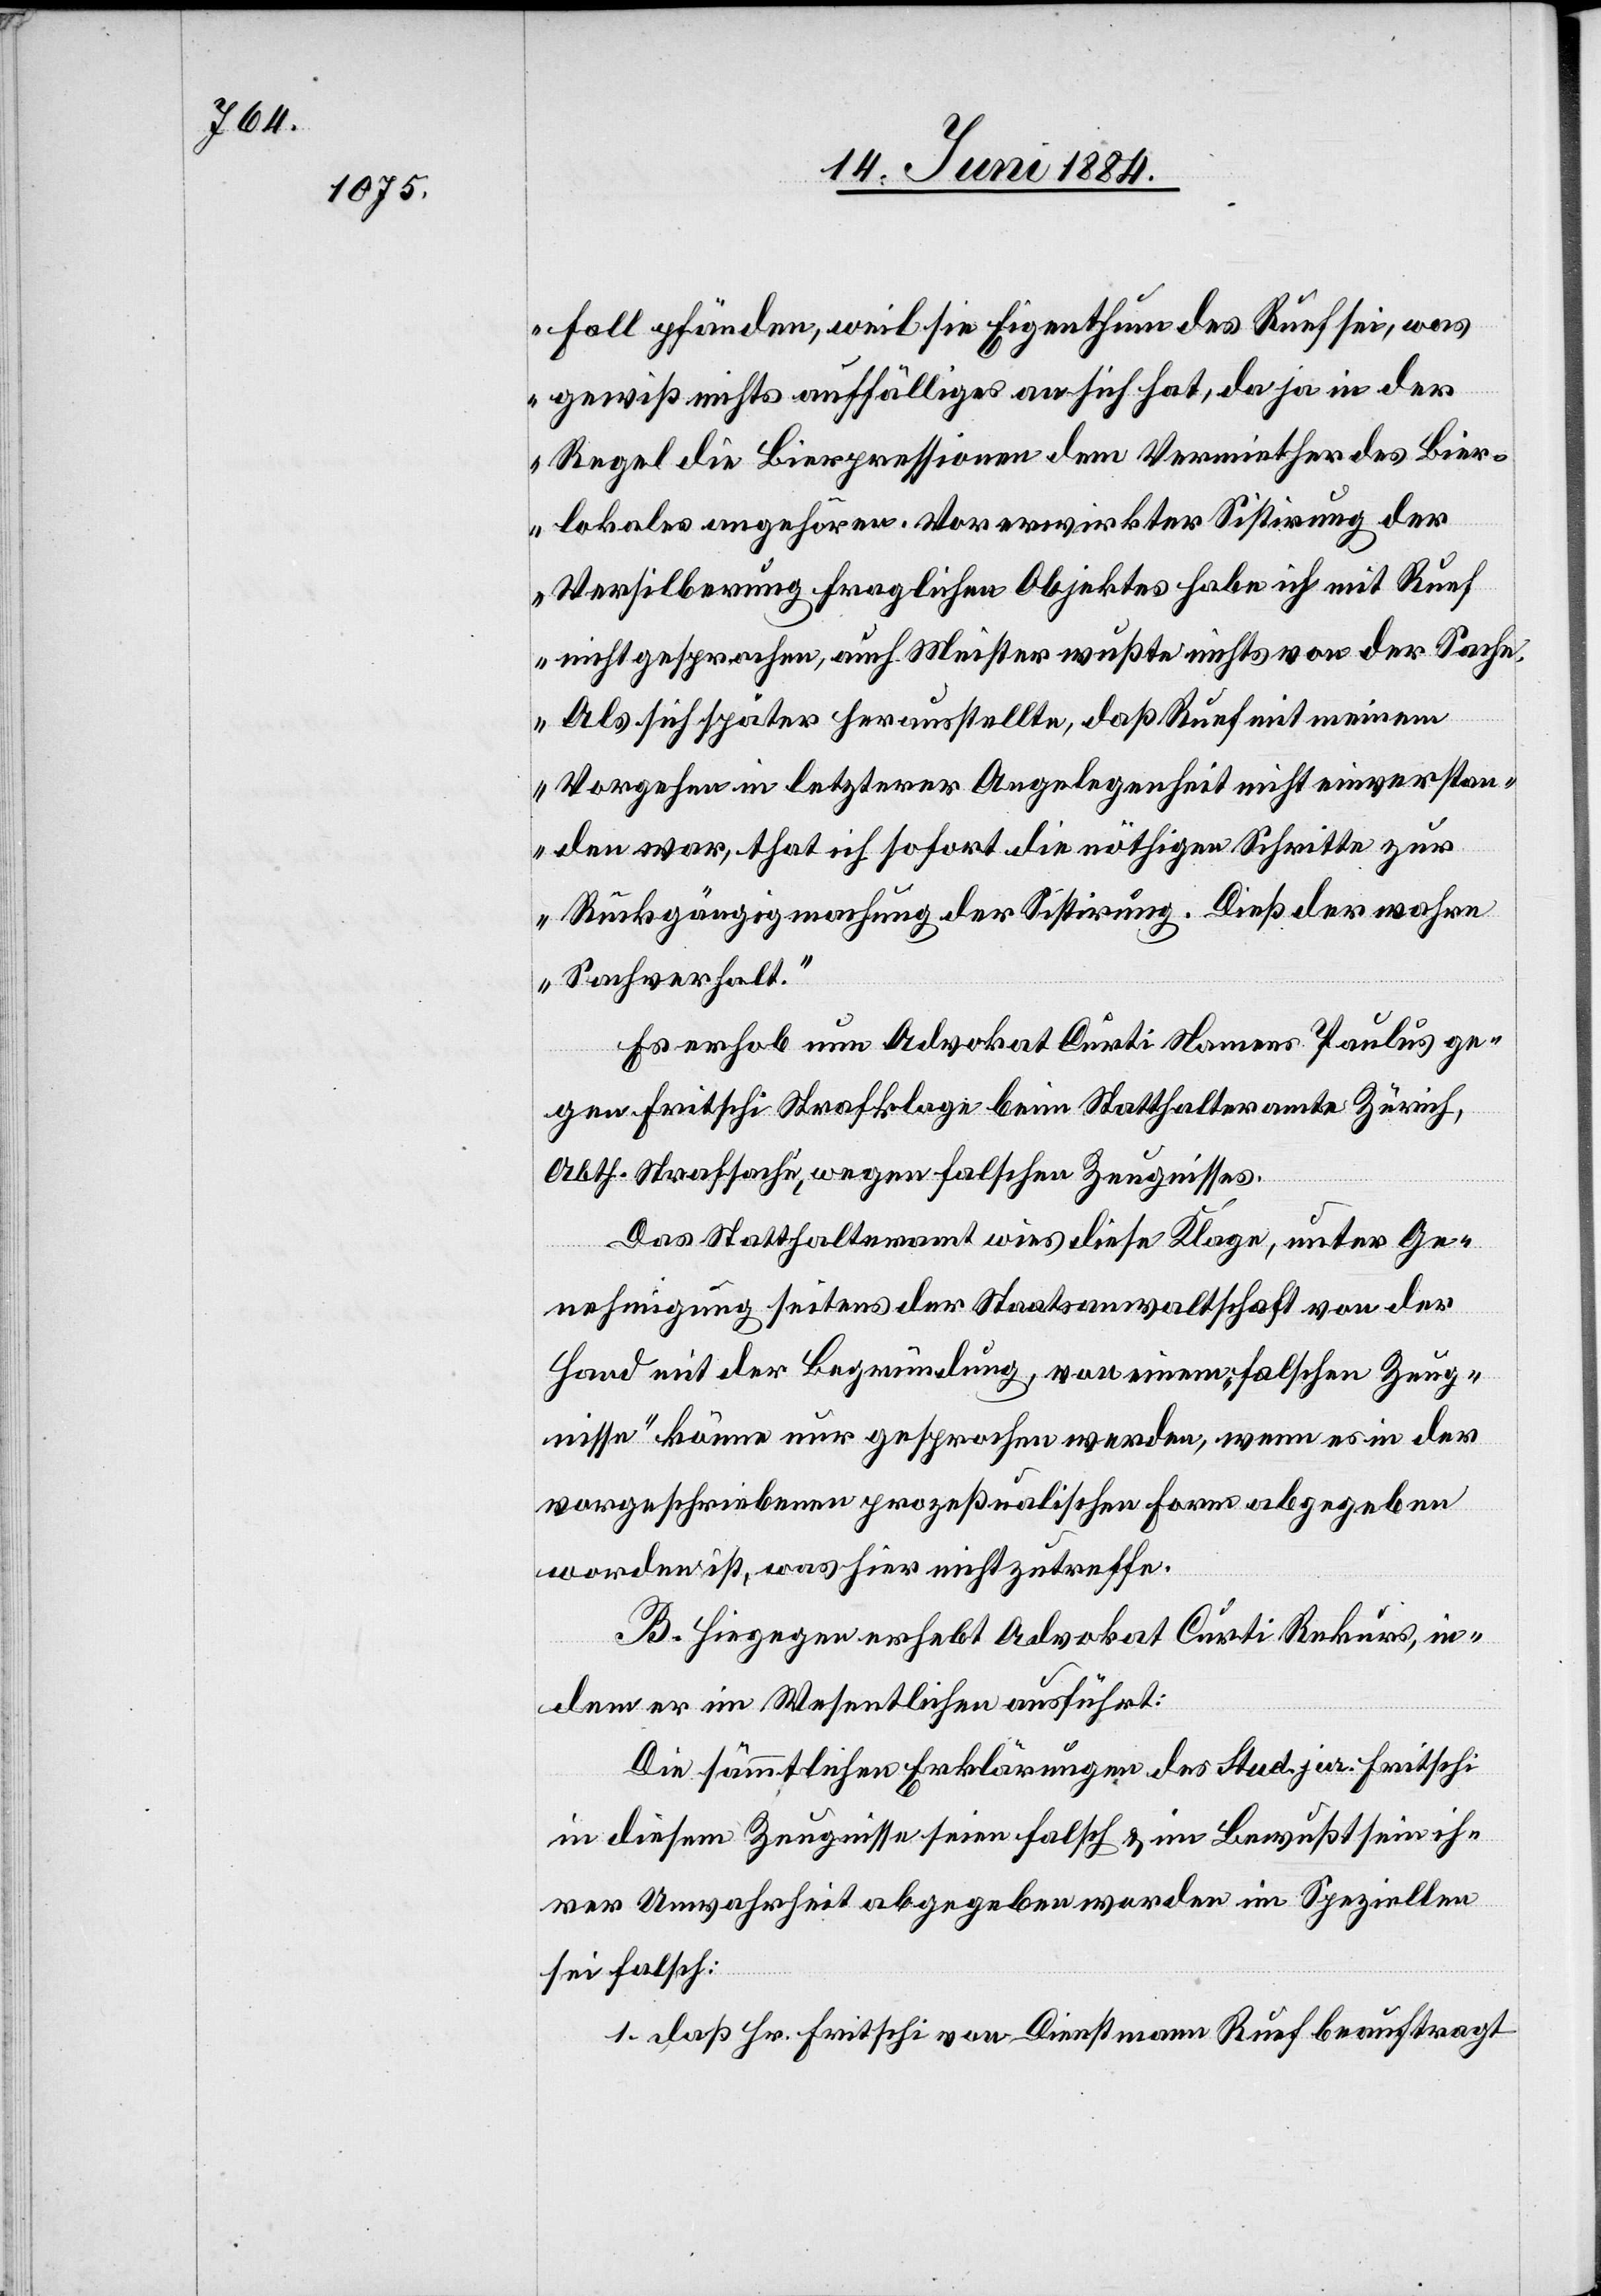
Fall pfänden, weil sie Eigenthum des Ruef sei, was
gewiß nichts auffälliges an sich hat, da ja in der
Regel die Bierpressionen dem Vermiether des Bier¬
lokales angehören. Vor erwirkter Sistirung der
Versilberung fraglichen Objektes habe ich mit Ruef
nicht gesprochen, auch Meister wußte nichts von der Sache.
Als sich später herausstellte, daß Ruef mit meinem
Vorgehen in letzterer Angelegenheit nicht einverstan¬
den war, that ich sofort die nöthigen Schritte zur
Rückgängigmachung der Sistirung. Dieß der wahre
Sachverhalt.“
Es erhob nun Advokat Curti Namens Paulus ge¬
gen Fritschi Strafklage beim Statthalteramte Zürich,
Abth. Strafsache, wegen falschen Zeugnisses.
Das Statthalteramt wies diese Klage, unter Ge¬
nehmigung seitens der Staatsanwaltschaft von der
Hand mit der Begründung, von einem „falschen Zeug¬
nisse“ könne nur gesprochen werden, wenn es in der
vorgeschriebenen prozeßualischen Form abgegeben
worden ist, was hier nicht zutreffe.
B. Hiegegen erhebt Advokat Curti Rekurs, in¬
dem er im Wesentlichen ausführt:
Die sämmtlichen Erklärungen des Stud. jur. Fritschi
in diesem Zeugnisse seien falsch & im Bewußtsein ih¬
rer Unwahrheit abgegeben worden im Speziellen
sei falsch:
1. daß Hr. Fritschi von Dienstmann Ruef beauftragt